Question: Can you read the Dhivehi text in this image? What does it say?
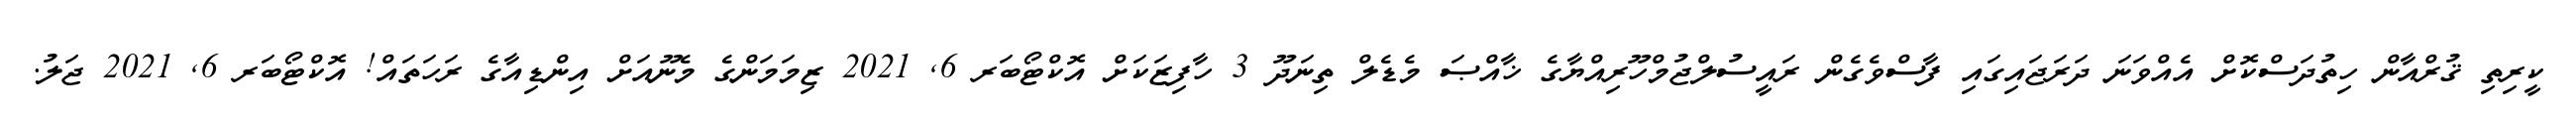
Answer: ކީރިތި ޤުރްއާން ހިތުދަސްކޮށް އެއްވަނަ ދަރަޖައިގައި ފާސްވެގެން ރައީސުލްޖުމްހޫރިއްޔާގެ ޚާއްޞަ މެޑެލް ތިނަދޫ 3 ހާފިޒަކަށް އޮކްޓޯބަރ 6, 2021 ޒިމަމަންގެ މެނޫއަށް އިންޑިއާގެ ރަހަތައް! އޮކްޓޯބަރ 6, 2021 ޖަލު.